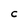
Character: C